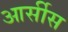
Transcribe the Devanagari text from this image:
आर्सीस